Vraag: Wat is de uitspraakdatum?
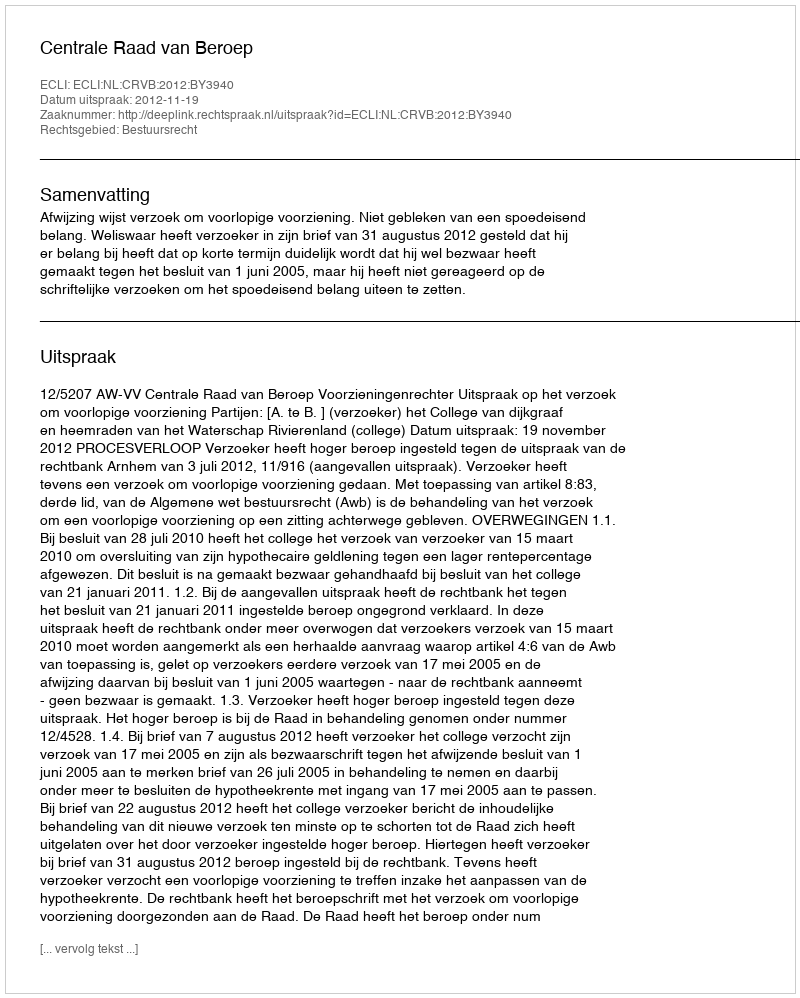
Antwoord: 2012-11-19